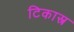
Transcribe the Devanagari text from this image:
टिकास्त्र